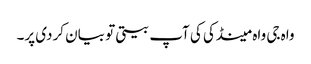
واہ جی واہ مینڈکی کی آپ بیتی تو بیان کردی پر۔